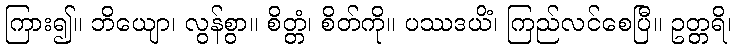
ကြား၍။ ဘိယျော၊ လွန်စွာ။ စိတ္တံ၊ စိတ်ကို။ ပဿဒယိံ၊ ကြည်လင်စေပြီ။ ဥတ္တရိ၊